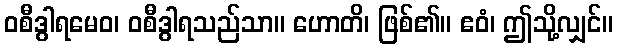
ဝစီဒွါရမေဝ၊ ဝစီဒွါရသည်သာ။ ဟောတိ၊ ဖြစ်၏။ ဧဝံ၊ ဤသို့လျှင်။